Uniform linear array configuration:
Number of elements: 48
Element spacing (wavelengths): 1
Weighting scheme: hann
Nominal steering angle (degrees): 45
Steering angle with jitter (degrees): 44.41
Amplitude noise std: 0.05
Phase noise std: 0.05

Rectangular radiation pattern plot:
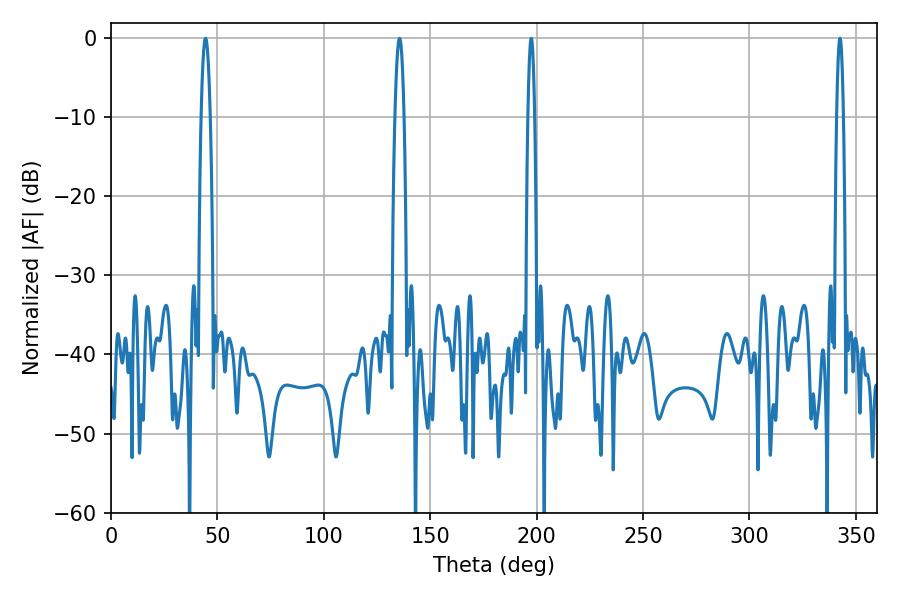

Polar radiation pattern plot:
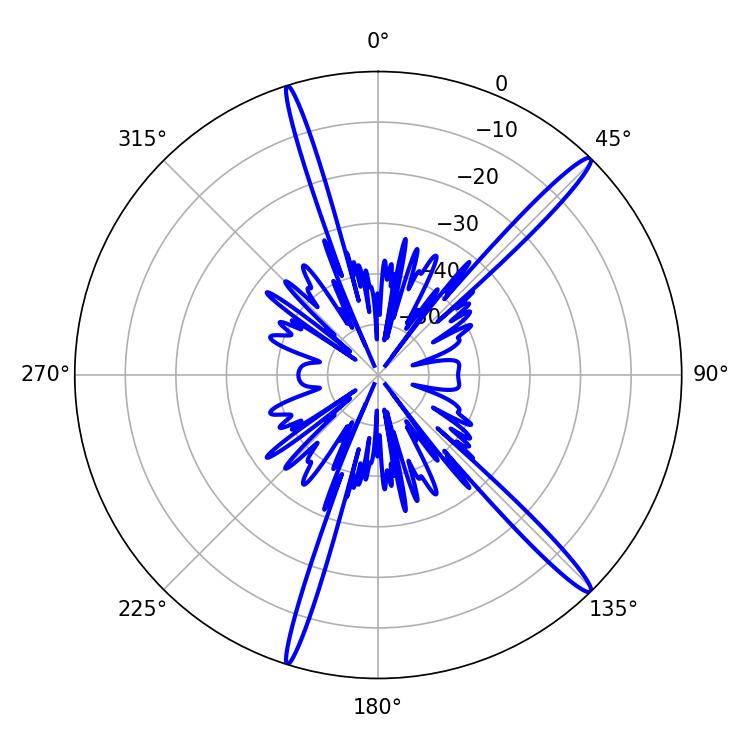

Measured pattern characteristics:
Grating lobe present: TRUE
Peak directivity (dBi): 16.697
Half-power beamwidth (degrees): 1.8
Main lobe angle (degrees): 197.46